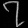
Digit: ၇